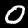
Digit: 0